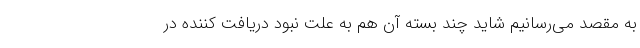
به مقصد می‌رسانیم شاید چند بسته آن هم به علت نبود دریافت کننده در